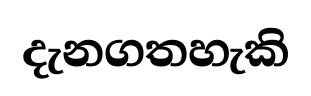
දැනගතහැකි